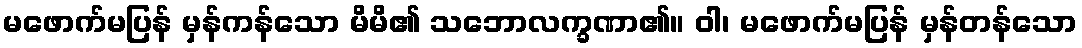
မဖောက်မပြန် မှန်ကန်သော မိမိ၏ သဘောလက္ခဏာ၏။ ဝါ၊ မဖောက်မပြန် မှန်တန်သော